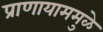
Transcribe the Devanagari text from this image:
प्राणायाममुळे